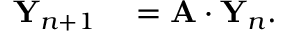
\begin{array} { r l } { { \bf Y } _ { n + 1 } } & { { } = { \bf A } \cdot { \bf Y } _ { n } . } \end{array}